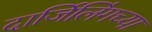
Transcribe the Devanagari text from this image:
दार्जिलिंगच्या